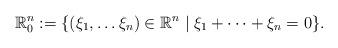
LaTeX: \begin{align*}\mathbb{R}^{n}_0:= \{ (\xi_1,\ldots\xi_n) \in\mathbb{R}^{n}\mid \xi_1+\cdots +\xi_{n}=0\}. \end{align*}